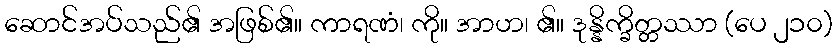
ဆောင်အပ်သည်၏ အဖြစ်၏။ ကာရဏံ၊ ကို။ အာဟ၊ ၏။ ဒုန္နိက္ခိတ္တဿာ (ပေ ၂၁၀)